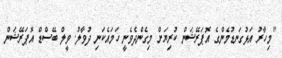
"މިހާރު އަޅުގަނޑުމެންގެ އޮޕަރޭޝަން ކުރިޔަށް މިގެންދެވެނީ ހަމައެކަނި ދުވާލު. ވީލް ބޭސްޑް އޮޕަރޭޝަން